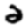
Digit: 2